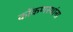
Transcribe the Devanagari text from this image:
कोंकणस्थांना